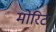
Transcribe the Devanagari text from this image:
मोरिट